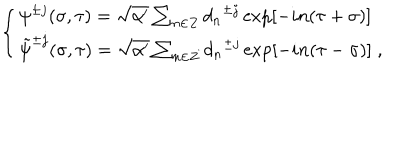
\left\{ \begin{array} { l } { { { \psi } ^ { \pm j } ( \sigma , \tau ) = \sqrt { \alpha ^ { \prime } } \sum _ { n \in Z } { d _ { n } } ^ { \pm j } \exp [ - i n ( \tau + \sigma ) ] } } \\ { { { \tilde { \psi } } ^ { \pm j } ( \sigma , \tau ) = \sqrt { \alpha ^ { \prime } } \sum _ { n \in Z } { d _ { n } } ^ { \pm j } \exp [ - i n ( \tau - \sigma ) ] \; , } } \\ \end{array} \right.